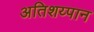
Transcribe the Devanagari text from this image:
अतिशय्पान